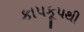
કાપકૂપથી